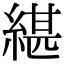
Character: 𦂼